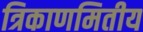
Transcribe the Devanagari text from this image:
त्रिकाणमितीय